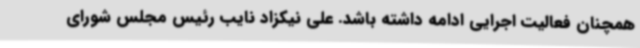
همچنان فعالیت اجرایی ادامه داشته باشد. علی نیکزاد نایب رئیس مجلس شورای